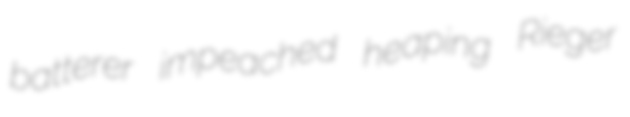
batterer impeached heaping Rieger